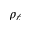
\rho _ { \ell }